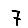
Digit: 7